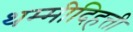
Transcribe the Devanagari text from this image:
थम्मीदिहत्ती